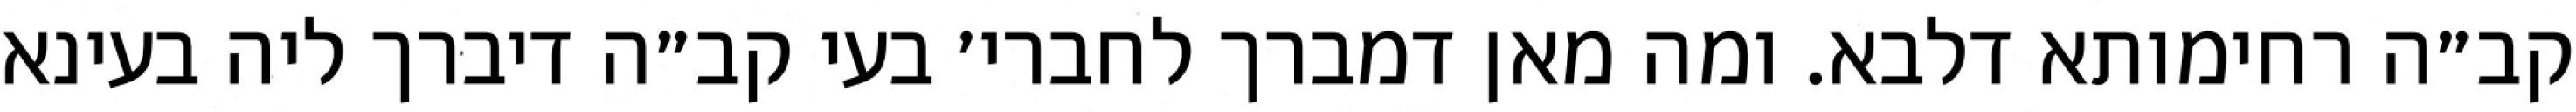
קב״ה רחימותא דלבא. ומה מאן דמברך לחברי׳ בעי קב״ה דיברך ליה בעינא